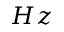
H z